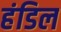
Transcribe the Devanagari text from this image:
हंडिल